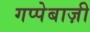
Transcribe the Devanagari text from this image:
गप्पेबाज़ी